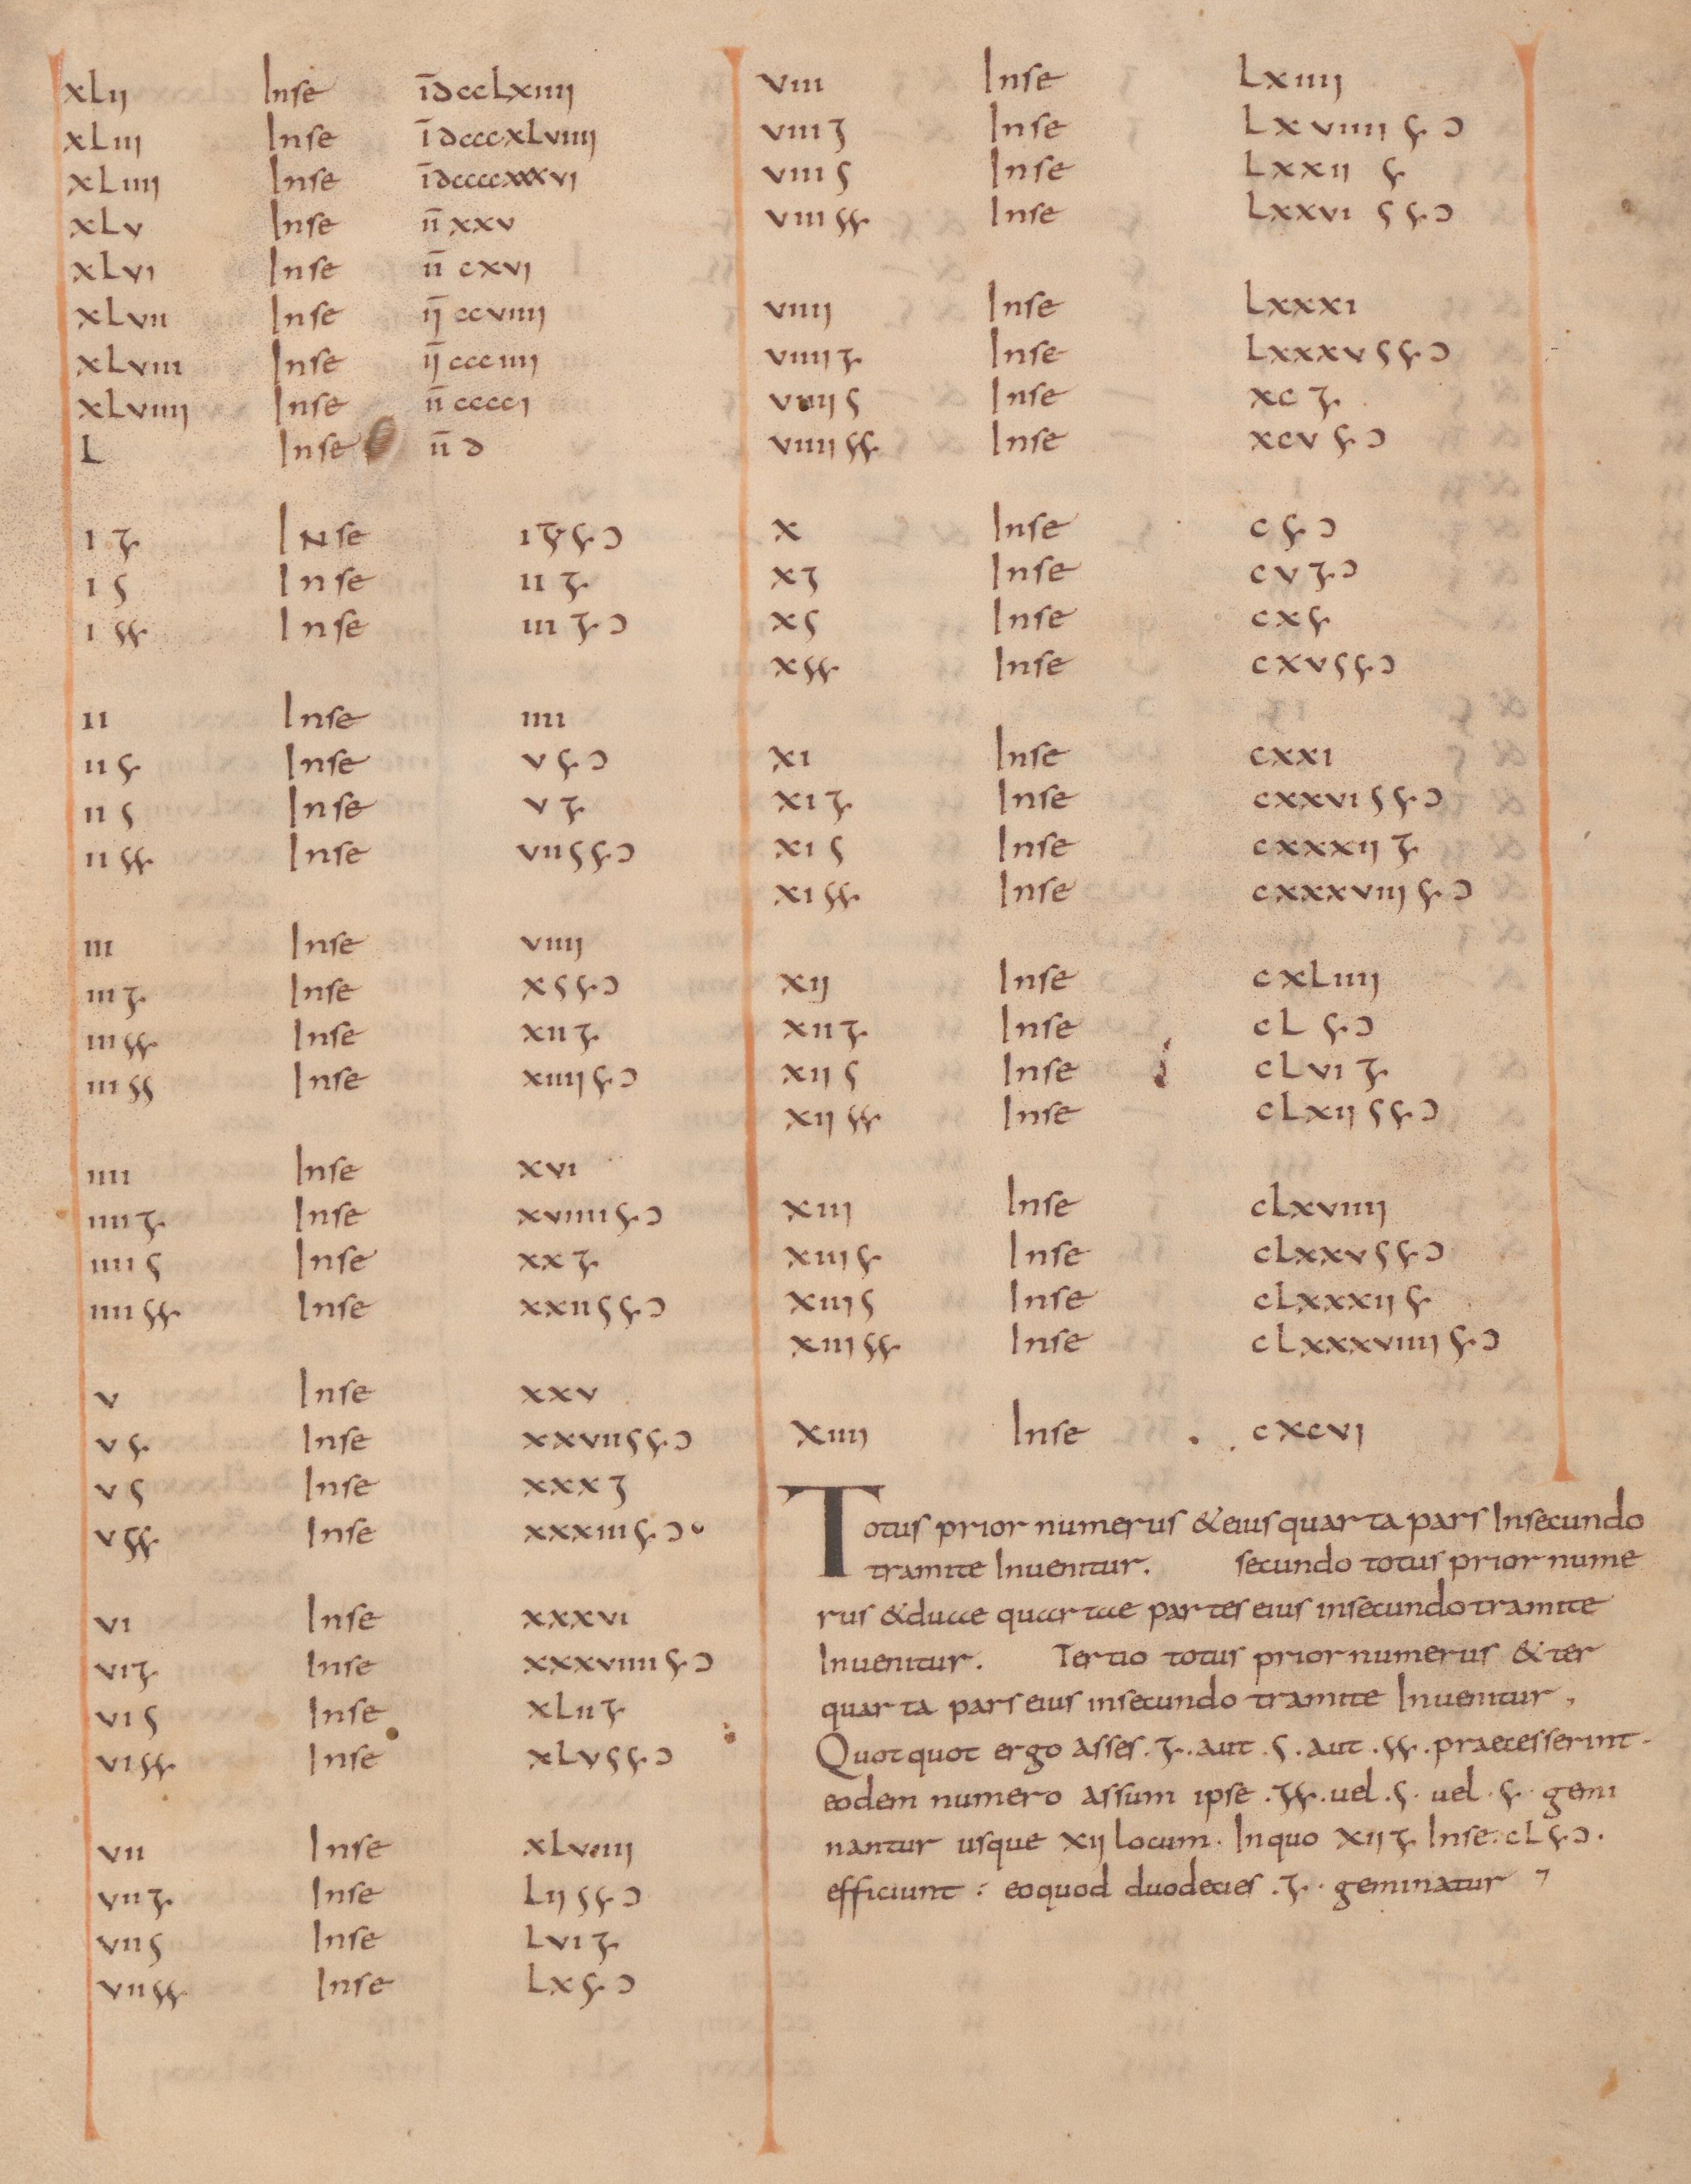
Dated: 825–1000